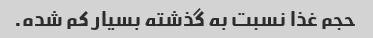
حجم غذا نسبت به گذشته بسیار کم شده.